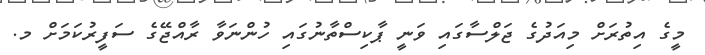
މީގެ އިތުރަށް މިއަދުގެ ޖަލްސާގައި ވަނީ ޕާކިސްތާނުގައި ހުންނަވާ ރާއްޖޭގެ ސަފީރުކަމަށް މ.